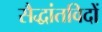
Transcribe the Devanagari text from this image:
सैद्धांतविदों